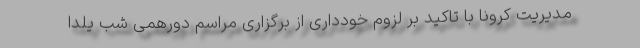
مدیریت کرونا با تاکید بر لزوم خودداری از برگزاری مراسم دورهمی شب یلدا